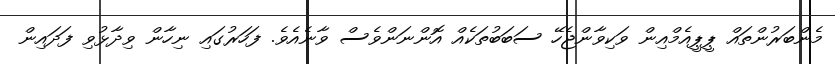
މެންބަރުންތައް ޕީޕީއެމްއިން ވަކިވާންޖެހޭ ސަބަބުތަކެއް އޮންނަންވެސް ވާނެއެވެ. ފަހަރުގައި ނިހާން ވިދާޅުވި ފަދައިން